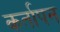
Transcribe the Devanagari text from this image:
कर्तापन